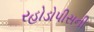
રહોડોપીસની